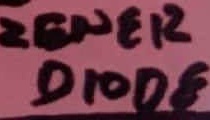
Text: ZENER DIODE